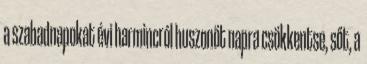
a szabadnapokat évi harmincról huszonöt napra csökkentse, sőt, a